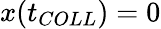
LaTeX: x(t_{COLL})=0